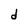
Character: d